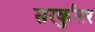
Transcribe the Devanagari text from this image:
सरर्कुलर